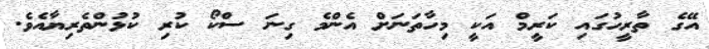
އޭގެ ތާރީހުގައި ކަރީމް އަކީ މިހާތަނަށް އެންމެ ގިނަ ސްކޯ ކުރި ކުޅުންތެރިޔާއެވެ.